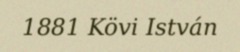
1881 Kövi István